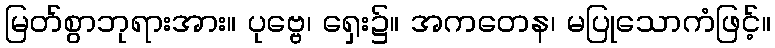
မြတ်စွာဘုရားအား။ ပုဗ္ဗေ၊ ရှေး၌။ အကတေန၊ မပြုသောကံဖြင့်။